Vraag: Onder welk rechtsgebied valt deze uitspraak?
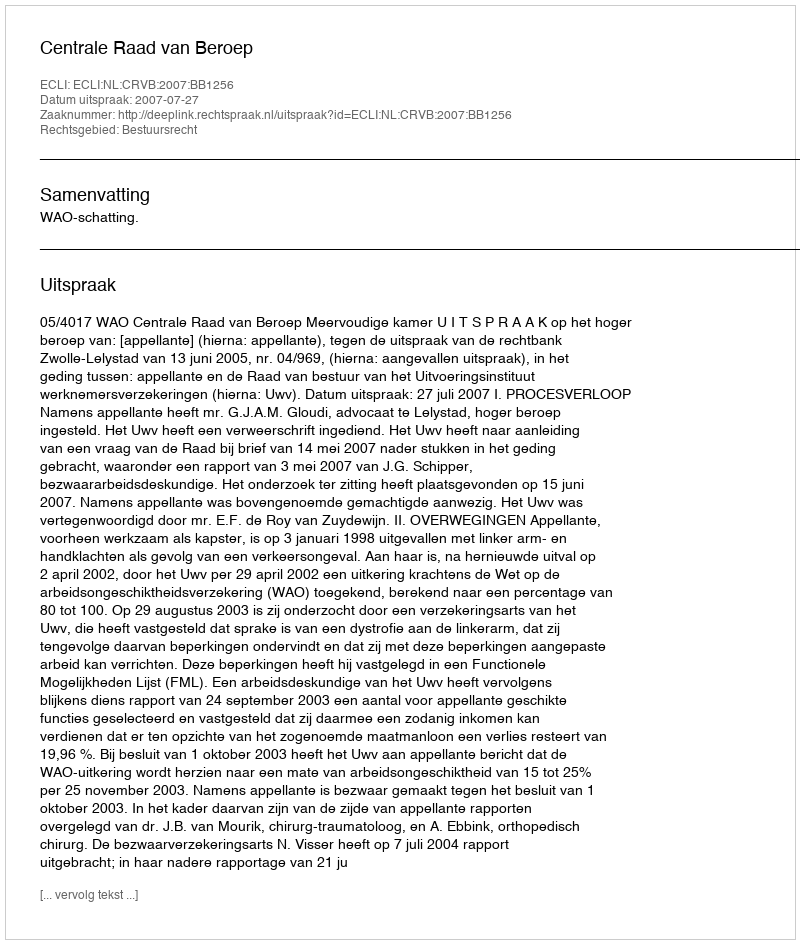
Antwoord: Bestuursrecht